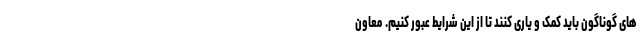
های گوناگون باید کمک و یاری کنند تا از این شرایط عبور کنیم. معاون